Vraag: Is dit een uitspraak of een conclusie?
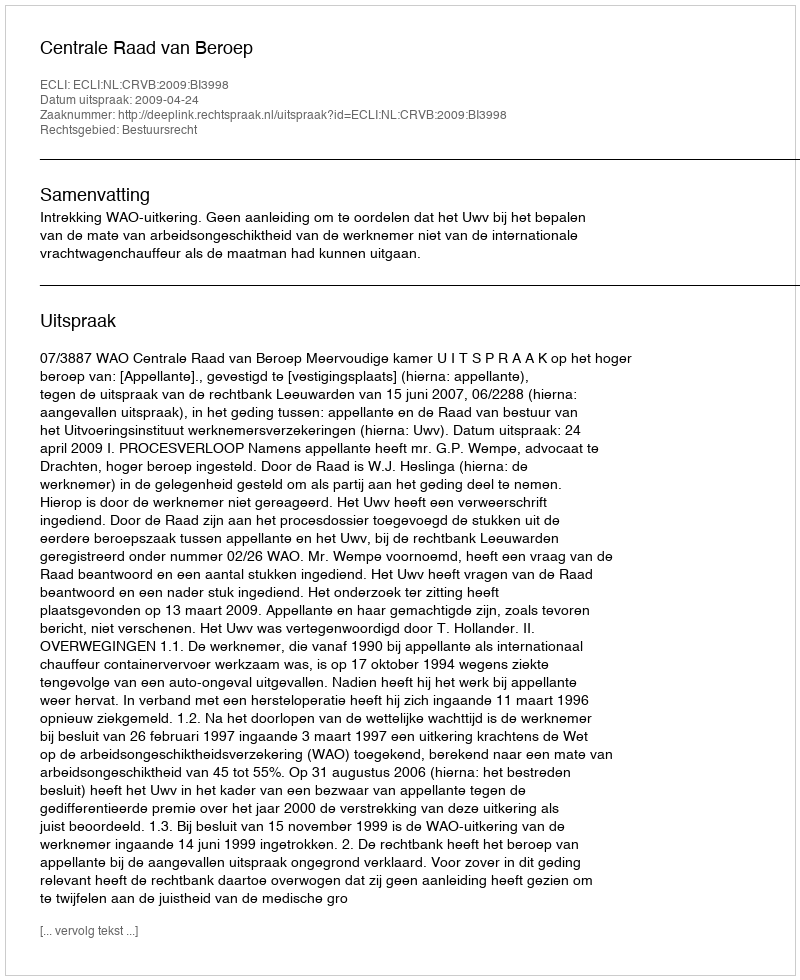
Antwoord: Uitspraak